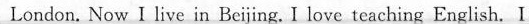
London. Now I live in Beijing. I love teaching English. I